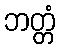
ဘတ္တံ